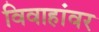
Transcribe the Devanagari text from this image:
विवाहांवर